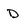
Character: d